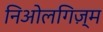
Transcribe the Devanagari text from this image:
निओलगिज़्म